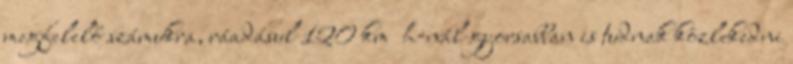
megfelelő számukra, ráadásul 120 km h-nál gyorsabban is tudnak közlekedni